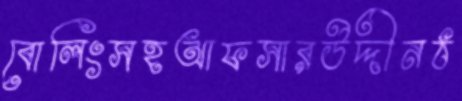
বোলিংসহআফসারউদ্দীনঠ